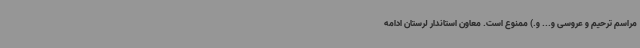
مراسم ترحیم و عروسی و... و.) ممنوع است. معاون استاندار لرستان ادامه